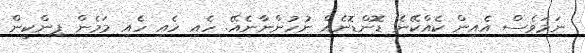
ނަމަވެސް އެއިން ކެއްކޭނެ ޑޮންޑޮނެއް ނުހުންނާނެއޭ. ހެއި ހެއި ހެއި މަމެން ޕިންކީން